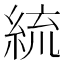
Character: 𦀠